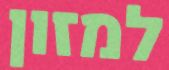
למזון